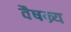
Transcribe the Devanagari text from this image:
वैषम्र्य